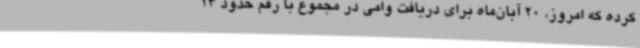
کرده که امروز، 20 آبان‌ماه برای دریافت وامی در مجموع با رقم حدود 13